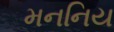
મનનિય